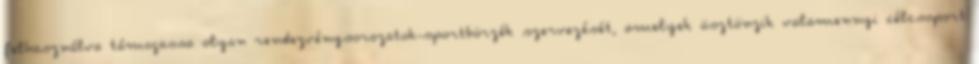
felhasználva támogassa olyan rendezvénysorozatok-sportbörzék szervezését, amelyek ösztönzik valamennyi célcsoport